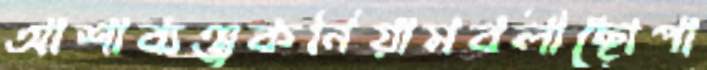
আশাব্যঞ্জকনিয়ামবলীছোপা